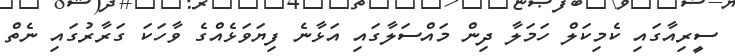
ސީރިއާގައި ކެމިކަލް ހަމަލާ ދިން މައްސަލާގައި އަޅާނެ ފިޔަވަޅެއްގެ ވާހަކަ ގަރާރުގައި ނެތް